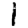
Digit: 1